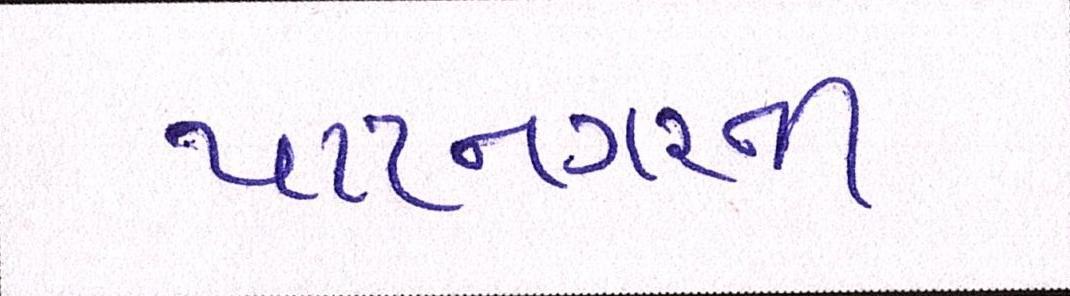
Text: પાટનગરની